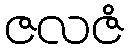
ဇလဇံ